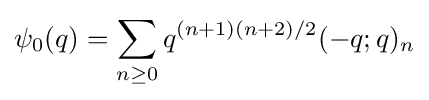
\psi _{0}(q)=\sum _{n\geq 0}{q^{(n+1)(n+2)/2}(-q;q)_{n}}